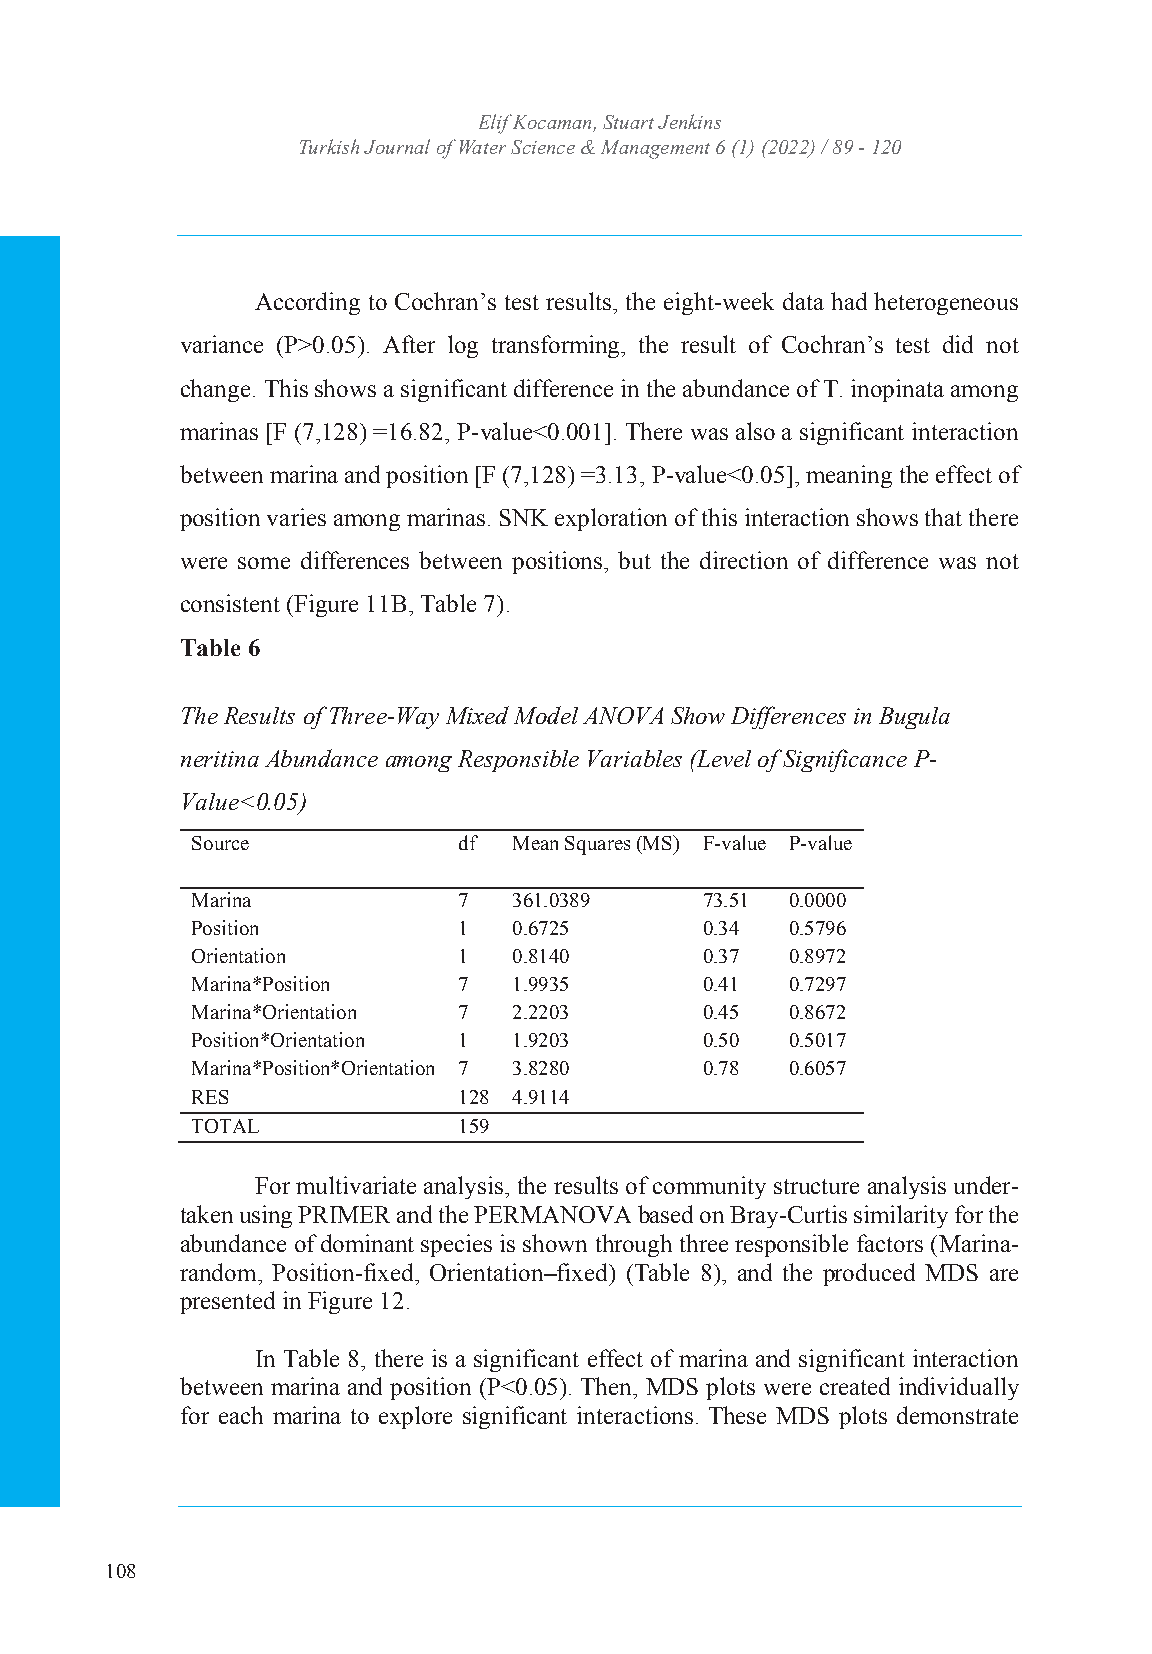
Turkish JoEulrinf aKl oocf aWmaatne,r SStcuiaerntc Jee &nk Minsanagement
 Turkish Journal of WIaStSeNr: S2c53ie6n 4c7e4 X& / eM-IaSSnNa:g 2e5m64e-n7t3 364 (1) (2022) / 89 - 120
 Volume: 6 Issue: 1 Year: 2022
 According to Cochran’s test results, the eight-week data had heterogeneous
 variance (P>0.05). After log transforming, the result of Cochran’s test did not
 change. This shows a significant difference in the abundance of T. inopinata among
 marinas [F (7,128) =16.82, P-value<0.001]. There was also a significant interaction
 between marina and position [F (7,128) =3.13, P-value<0.05], meaning the effect of
 position varies among marinas. SNK exploration of this interaction shows that there
 were some differences between positions, but the direction of difference was not
 consistent (Figure 11B, Table 7).
 Table 6
 The Results of Three-Way Mixed Model ANOVA Show Differences in Bugula
 neritina Abundance among Responsible Variables (Level of Significance P-
 Value<0.05)
 Source           df  Mean Squares (MS) F-value P-value
 Marina           7   361.0389    73.51 0.0000
 Position         1   0.6725      0.34  0.5796
 Orientation      1   0.8140      0.37  0.8972
 Marina*Position  7   1.9935      0.41  0.7297
 Marina*Orientation 7 2.2203      0.45  0.8672
 Position*Orientation 1 1.9203    0.50  0.5017
 Marina*Position*Orientation 7 3.8280 0.78 0.6057
 RES              128 4.9114
 TOTAL            159
 For multivariate analysis, the results of community structure analysis under-
 taken using PRIMER and the PERMANOVA based on Bray-Curtis similarity for the
 abundance of dominant species is shown through three responsible factors (Marina-
 random, Position-fixed, Orientation–fixed) (Table 8), and the produced MDS are
 presented in Figure 12.
 In Table 8, there is a significant effect of marina and significant interaction
 between marina and position (P<0.05). Then, MDS plots were created individually
 for each marina to explore significant interactions. These MDS plots demonstrate
 108
 20